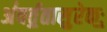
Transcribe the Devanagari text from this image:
अ॑वर्त॒तासु॒रेकः॒